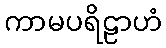
ကာမပရိဠာဟံ